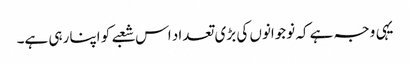
یہی وجہ ہے کہ نوجوانوں کی بڑی تعداد اس شعبے کو اپنا رہی ہے۔